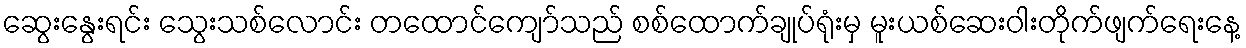
ဆွေးနွေးရင်း သွေးသစ်လောင်း တထောင်ကျော်သည် စစ်ထောက်ချုပ်ရုံးမှ မူးယစ်ဆေးဝါးတိုက်ဖျက်ရေးနေ့